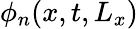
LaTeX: \phi_{n}(x,t,L_{x})